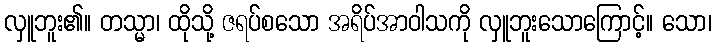
လှူဘူး၏။ တသ္မာ၊ ထိုသို့ ဇရပ်စသော အရိပ်အာဝါသကို လှူဘူးသောကြောင့်။ သော၊